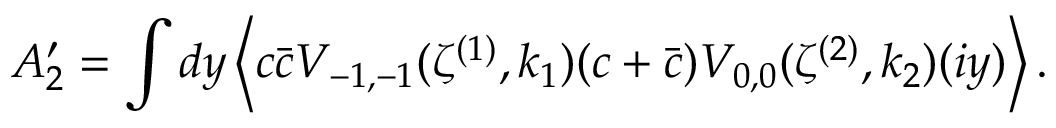
A _ { 2 } ^ { \prime } = \int d y \left\langle c \bar { c } V _ { - 1 , - 1 } ( \zeta ^ { ( 1 ) } , k _ { 1 } ) ( c + \bar { c } ) V _ { 0 , 0 } ( \zeta ^ { ( 2 ) } , k _ { 2 } ) ( i y ) \right\rangle .